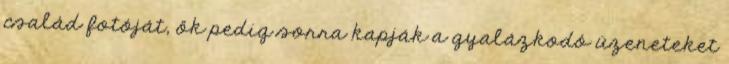
család fotóját, ők pedig sorra kapják a gyalázkodó üzeneteket